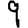
Digit: 9